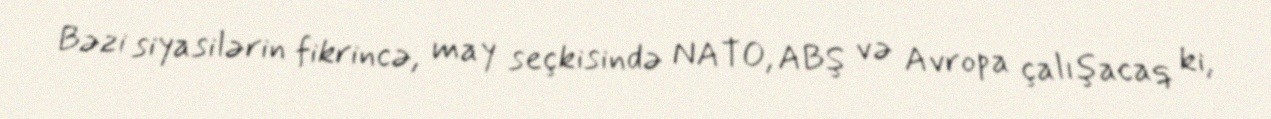
Bəzi siyasilərin fikrincə, may seçkisində NATO, ABŞ və Avropa çalışacaq ki,